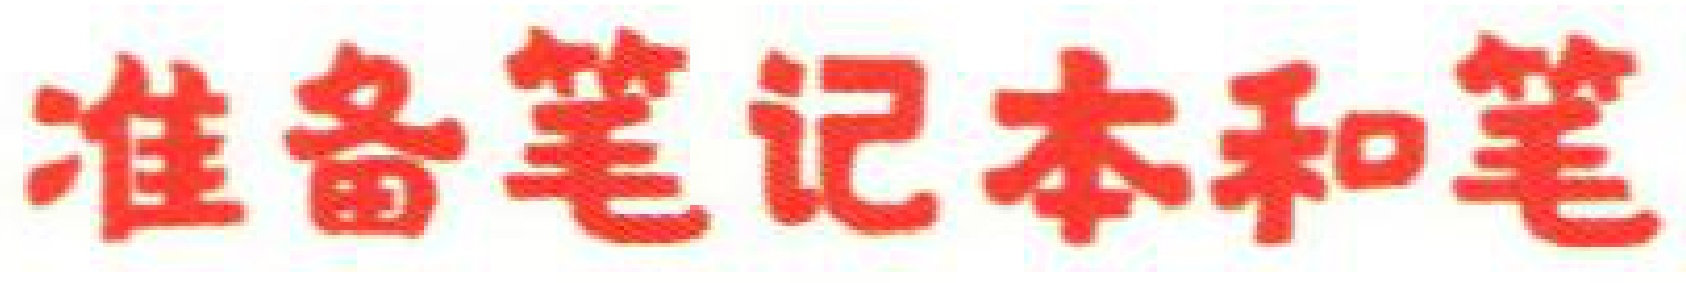
准备笔记本和笔